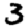
Digit: 3